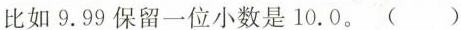
比如9.99保留一位小数是10.0。()